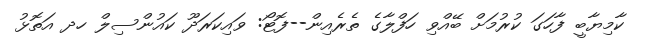
ކާމިޔާބީ ފާހަގަ ކުރުމަށް ބޭއްވި ހަފްލާގެ ތެރެއިން--ފޮޓޯ: ވައިކަރަދޫ ކައުންސިލް ހދ އަތޮޅު